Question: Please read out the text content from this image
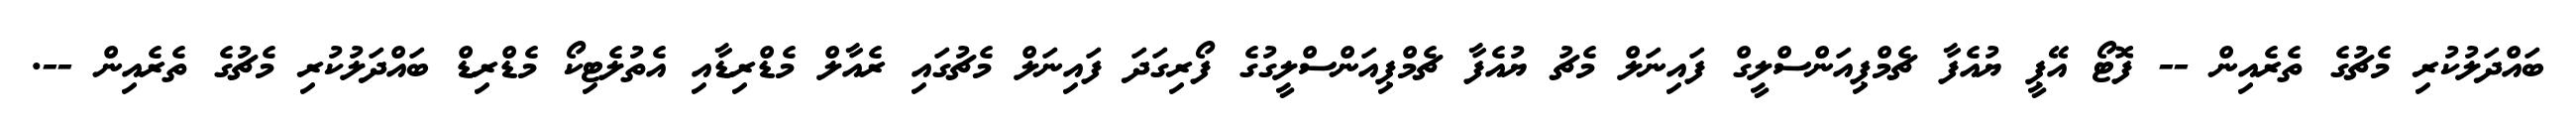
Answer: ބައްދަލުކުރި މެޗުގެ ތެރެއިން -- ފޮޓޯ އޭޕީ ޔުއެފާ ޗެމްޕިއަންސްލީގް ފައިނަލް މެޗު ޔުއެފާ ޗެމްޕިއަންސްލީގުގެ ފޯރިގަދަ ފައިނަލް މެޗުގައި ރެއާލް މެޑްރިޑާއި އެތުލެޓިކޯ މެޑްރިޑް ބައްދަލުކުރި މެޗުގެ ތެރެއިން --.